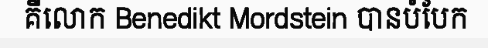
គឺលោក Benedikt Mordstein បានបំបែក